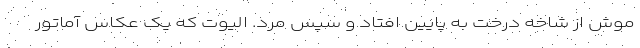
موش از شاخه درخت به پایین افتاد و سپس مرد. الیوت که یک عکاس آماتور